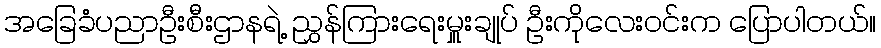
အခြေခံပညာဦးစီးဌာနရဲ့ ညွှန်ကြားရေးမှူးချုပ် ဦးကိုလေးဝင်းက ပြောပါတယ်။